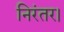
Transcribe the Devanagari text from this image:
निरंतर।